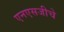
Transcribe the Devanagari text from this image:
एनएसजीचे